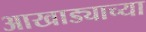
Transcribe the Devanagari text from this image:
आखाड्याच्या